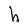
Character: h